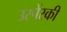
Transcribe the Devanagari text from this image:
उस्पेंस्की